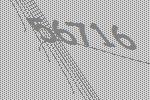
56716